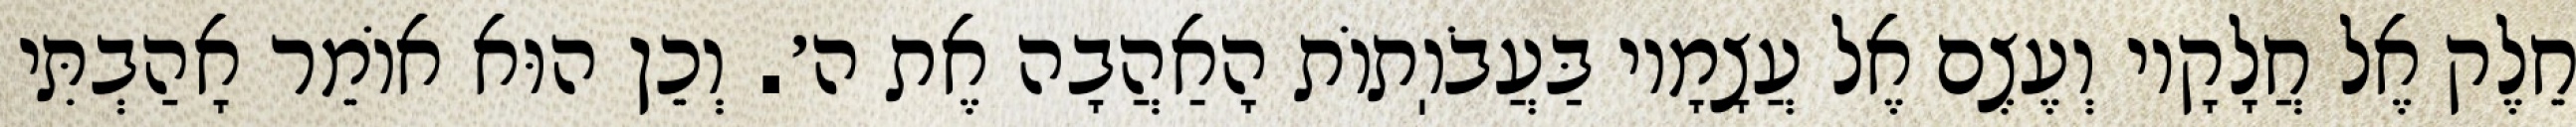
חֵלֶק אֶל חֲלָקָיו וְעֶצֶם אֶל עֲצָמָיו בַּעֲבֹוֽתוֹת הָאַהֲבָה אֶת ה׳. וְכֵן הוּא אוֹמֵר אָהַבְתִּי